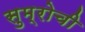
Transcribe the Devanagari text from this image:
सुम्रोची